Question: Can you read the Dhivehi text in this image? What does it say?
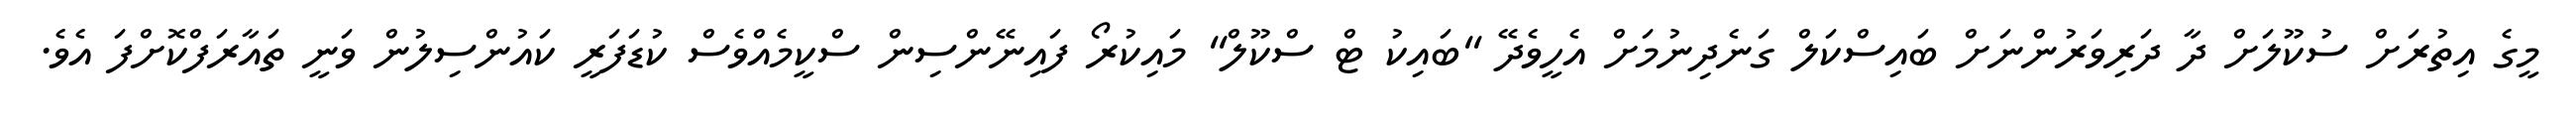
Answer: މީގެ އިތުރަށް ސުކޫލަށް ދާ ދަރިވަރުންނަށް ބައިސްކަލް ގަނެދިނުމަށް އެހީވެދޭ "ބައިކު ޓް ސްކޫލް" މައިކުރޯ ފައިނޭންސިން ސްކީމެއްވެސް ކުޑަފަރީ ކައުންސިލުން ވަނީ ތައާރަފްކޮށްފަ އެވެ.